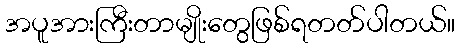
အပူအားကြီးတာမျိုးတွေဖြစ်ရတတ်ပါတယ်။